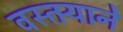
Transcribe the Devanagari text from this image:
वस्तर्‍याने